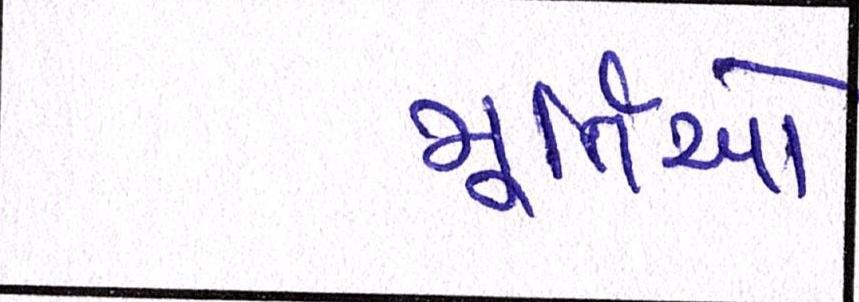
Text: મૂર્તિઓ